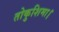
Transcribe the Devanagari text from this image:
तोकुशिमा।